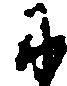
に